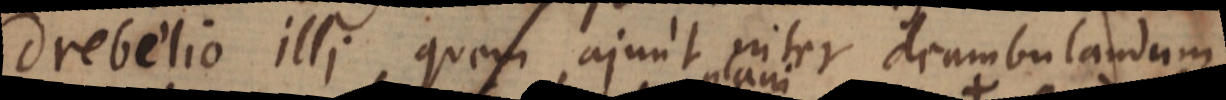
Drebelio illi, quem ajunt inter deambulandum